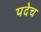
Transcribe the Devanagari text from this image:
पदेच